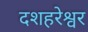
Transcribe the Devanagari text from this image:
दशहरेश्वर